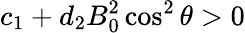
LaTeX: c_{1}+d_{2}B_{0}^{2}\cos^{2}\theta>0